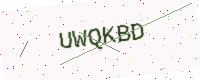
Text: UWQKBD